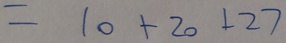
= 1 0 + 2 0 + 2 7